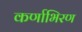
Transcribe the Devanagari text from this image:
कर्णाभिरण